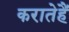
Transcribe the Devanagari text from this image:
करातेहैं